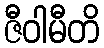
ဇီဝါမီတိ